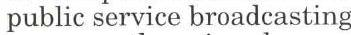
public service broadcasting